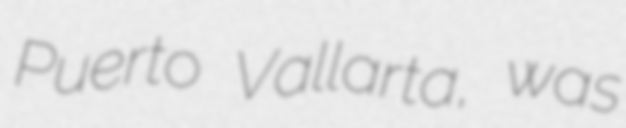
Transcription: Puerto Vallarta, was